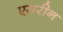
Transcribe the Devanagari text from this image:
एसरीन